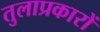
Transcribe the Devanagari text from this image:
तुलाप्रकारों